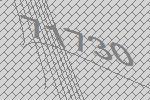
71730